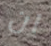
ان